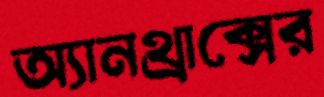
অ্যানথ্রাক্সের